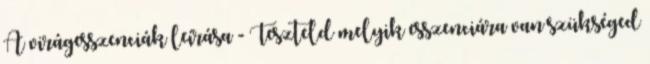
A virágesszenciák leírása - Teszteld melyik esszenciára van szükséged